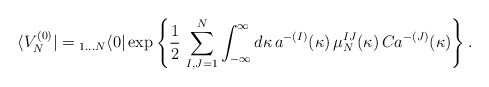
\begin{align*}\langle V_N^{(0)}|={}_{1\dots N}\langle 0|\exp\left\{\frac{1}{2}\,\sum_{I,J=1}^{N}\int_{-\infty}^{\infty}d\kappa\,a^{-(I)}(\kappa)\,\mu^{IJ}_{N}(\kappa)\,Ca^{-(J)}(\kappa)\right\}.\end{align*}